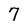
Character: 7